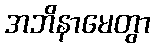
အဘိနာမေတွာ